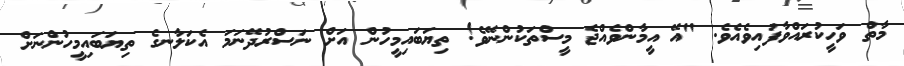
މާތް ވަހީކުރައްވާފައިވެއެވެ. "އޭ އީމާންވެއްޖެ މީސްތަކުންނޭވެ! ތިޔަބައިމީހުން އަށް ނަސްރުދޭނަމަ އެކަލާނގެ ތިޔަބައިމީހުންނަށް